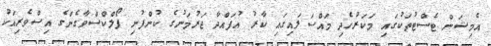
އެމިޝަން ޓެސްޓުތަކުގައި މަކަރުހެދި މައްސަލައިގައި ކާރު އުފައްދާ ޖަރުމަނުގެ ކުންފުނި ފޯލްކްސްވާގެންގެ އިސްވެރިއަކު